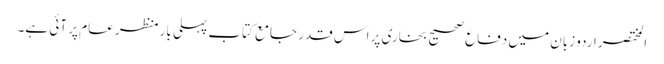
المختصر اردو زبان میں دفاع صحیح بخاری پر اس قدر جامع کتاب پہلی بار منظر عام پر آئی ہے۔